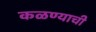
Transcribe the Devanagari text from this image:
कळण्याची